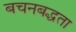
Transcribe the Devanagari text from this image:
बचनबद्धता